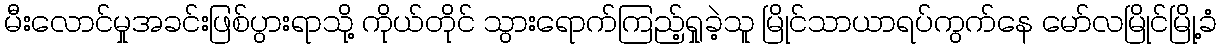
မီးလောင်မှုအခင်းဖြစ်ပွားရာသို့ ကိုယ်တိုင် သွားရောက်ကြည့်ရှုခဲ့သူ မြိုင်သာယာရပ်ကွက်နေ မော်လမြိုင်မြို့ခံ